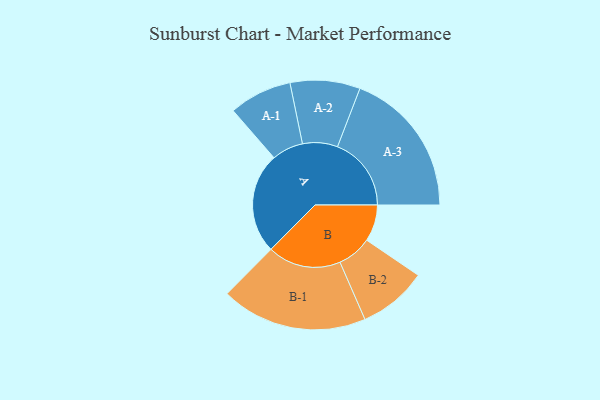
{"axis": {"x": "Segment", "y": "Value"}, "legend": ["", "A", "B"], "data": [{"x": "A", "y": 369, "type": ""}, {"x": "B", "y": 134, "type": ""}, {"x": "A-1", "y": 115, "type": "A"}, {"x": "A-2", "y": 128, "type": "A"}, {"x": "A-3", "y": 270, "type": "A"}, {"x": "B-1", "y": 268, "type": "B"}, {"x": "B-2", "y": 126, "type": "B"}]}